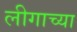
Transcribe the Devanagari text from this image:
लीगाच्या